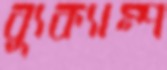
ব্যুক্যাম্প